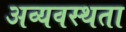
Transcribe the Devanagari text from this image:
अव्यवस्थता